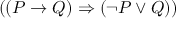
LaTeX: ( ( P \rightarrow Q ) \Rightarrow ( \neg P \vee Q ) )